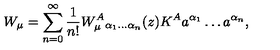
W _ { \mu } = \sum _ { n = 0 } ^ { \infty } \frac { 1 } { n ! } W _ { \mu } ^ { A } { } _ { \alpha _ { 1 } \ldots \alpha _ { n } } ( z ) K ^ { A } a ^ { \alpha _ { 1 } } \ldots a ^ { \alpha _ { n } } ,